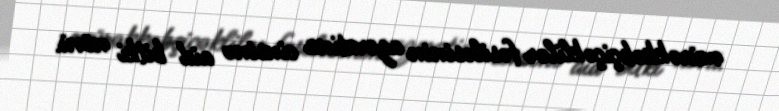
mürəkkəbçiçəklilər fəsiləsinin ageratina cinsinə aid bitki növü.